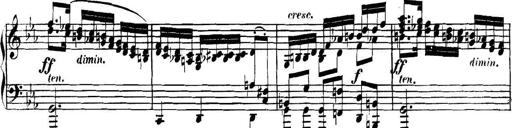
Title: Collected Piano Sonatas
Composer: Muzio Clementi